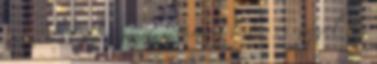
nagyon is sokat segítesz, amiért hálás is vagyok. Ez